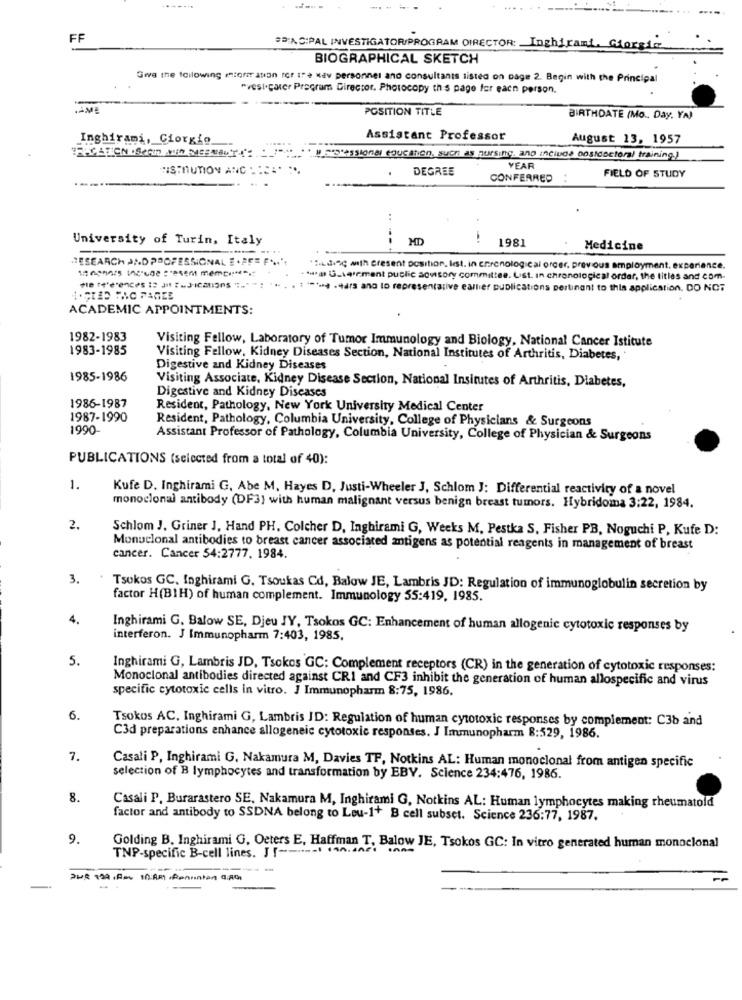
FF
PACIPAL INVESTIGATOR/PROGRAM DIRECTOR: Inghirami. Giorgio
BIOGRAPHICAL SKETCH
Give the following information for the Nev personnel and consultants listed on Dage 2. Begin with the Principal
"vest cater Program Director. Photocopy this page for each person.
POSITION TITLE
BIRTHDATE (Mo .. Day. YA)
Inghirami, Giorgio
Assistant Professor
August 13, 1957
"FICATION .SeOm MEN SEENOUT' __ SSSSIon8 GUAIOn, Such as nursing. ano include oostdoctora) training.)
DEGREE
YEAR
FIELD OF STUDY
CONFERRED :
..
University of Turin, Italy
--
HD
1981
Medicine
RESEARCH AND PROFESSIONAL E .PFE F
":d with present position, lest. in enrenological order, previous employment. experience.
.Ha Gement public advisory committee. List. In chronological order, the titles and com-
me te"e"ences 12 Jat t.J-Ications """" ":
. 1 ***** - sars ano to representative eallier publications pertinant to this application. DO NOT
1.GRAD MAC FARLE
ACADEMIC APPOINTMENTS:
1982-1983
Visiting Fellow, Laboratory of Tumor Immunology and Biology, National Cancer Istitute
1983-1985
Visiting Fellow, Kidney Diseases Section, National Institutes of Arthritis, Diabetes,
Digestive and Kidney Diseases
1985-1986
Visiting Associate, Kidney Disease Section, National Insitutes of Arthritis, Diabetes,
Digestive and Kidney Diseases
1986-1987
Resident, Pathology, New York University Medical Center
1987-1990
Resident, Pathology, Columbia University, College of Physicians & Surgeons
1990-
Assistant Professor of Pathology, Columbia University, College of Physician & Surgeons
PUBLICATIONS (selected from a total of 40):
1.
Kufe D. Inghirami G. Abe M. Hayes D, Justi-Wheeler J, Schlom J: Differential reactivity of a novel
monoclonal antibody (DF3) with human malignant versus benign breast tumors. Hybridoma 3:22, 1984.
2.
Schlom J. Griner J, Hand PH. Colcher D, Inghirami G, Weeks M. Pestka S. Fisher PB, Noguchi P, Kufe D:
Monoclonal antibodies to breast cancer associated antigens as potential reagents in management of breast
cancer. Cancer 54:2777. 1984.
3.
Tsokos GC, Inghirami G. Tsoukas Cd, Balow JE, Lambris JD: Regulation of immunoglobulin secretion by
factor H(B1H) of human complement. Immunology 55:419, 1985.
4.
Inghirami G. Balow SE, Djeu JY, Tsokos GC: Enhancement of human allogenic cytotoxic responses by
interferon. J Immunopharm 7:403, 1985.
5.
Inghirami G, Lambris JD, Tsokos GC: Complement receptors (CR) in the generation of cytotoxic responses:
Monoclonal antibodies directed against CRI and CF3 inhibit the generation of human allospecific and virus
specific cytotoxic cells in vitro. J Immunopharm 8:75, 1986.
6.
Tsokos AC, Inghirami G, Lambris JD: Regulation of human cytotoxic responses by complement: C3b and
C3d preparations enhance allogeneic cytotoxic responses. J Immunopharm 8:529, 1986.
7.
Casali P, Inghirami G. Nakamura M, Davies TF, Notkins AL: Human monoclonal from antigen specific
selection of B lymphocytes and transformation by EBV. Science 234:476, 1986.
8.
Casali P. Burarastero SE, Nakamura M, Inghirami G, Notkins AL: Human lymphocytes making rheumatoid
factor and antibody to SSDNA belong to Lou-1+ B cell subset. Science 236:77, 1987.
9.
TNP-specific B-cell lines. J !------ 1 140.44
Golding B. Inghirami G. Oeters E, Haffman T, Balow JE, Tsokos GC: In vitro generated human monoclonal
ZUR 199, For 1h:ART, Renunton .A0.